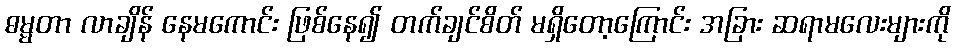
ဓမ္မတာ လာချိန် နေမကောင်း ဖြစ်နေ၍ တက်ချင်စိတ် မရှိတော့ကြောင်း အခြား ဆရာမလေးများကို